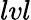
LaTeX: lvl